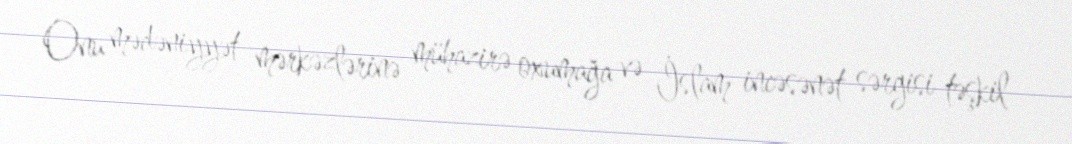
Onu mədəniyyət mərkəzlərinə mühazirə oxumağa və İslam incəsənət sərgisi təşkil